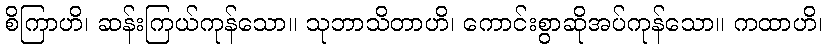
စိကြာဟိ၊ ဆန်းကြယ်ကုန်သော။ သုဘာသိတာဟိ၊ ကောင်းစွာဆိုအပ်ကုန်သော။ ကထာဟိ၊